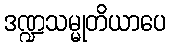
ဒဏ္ဍသမ္မုတိယာပေ